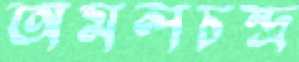
অমলচন্দ্র